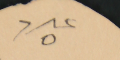
عدد ٥